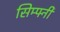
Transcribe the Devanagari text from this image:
सिम्फ्नी